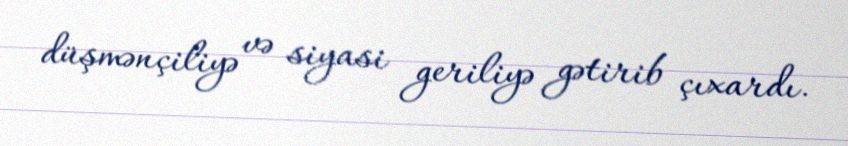
düşmənçiliyə və siyasi geriliyə gətirib çıxardı.